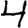
Digit: 4